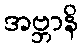
အဗ္ဘာနိ